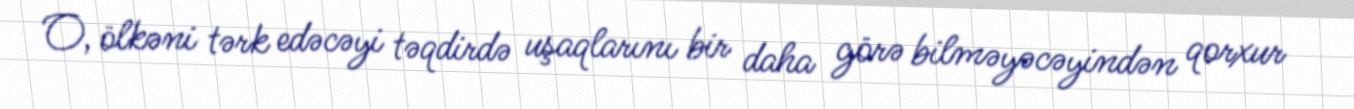
O, ölkəni tərk edəcəyi təqdirdə uşaqlarını bir daha görə bilməyəcəyindən qorxur